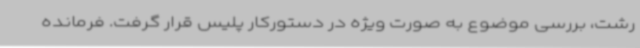
رشت، بررسی موضوع به صورت ویژه در دستورکار پلیس قرار گرفت. فرمانده